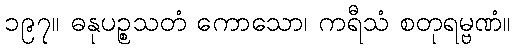
၁၉၇။ ဓနုပဉ္စသတံ ကောသော၊ ကရီသံ စတုရမ္ဗဏံ။